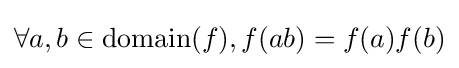
\forall a,b\in {\text{domain}}(f),f(ab)=f(a)f(b)